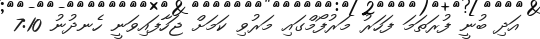
އަދި ބުނީ ފުރަތަމަ ފަހަރު މަރުފޯމްގައި މަރުވި ކަމަށް ޖަހާފައިވަނީ ހެނދުުނު 7:10